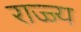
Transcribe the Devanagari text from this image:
राज्ज्य